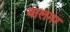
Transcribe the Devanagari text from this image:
बालमर